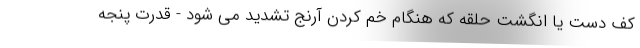
کف دست یا انگشت حلقه که هنگام خم کردن آرنج تشدید می شود - قدرت پنجه